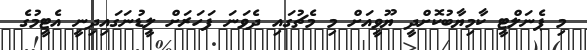
މި ޕެނަލްޓީ ކާމިޔާބުކޮށްދީ ޔޫވީއަށް މި މެޗުގައި ދެވަނަ ފަހަރަށް ލީޑުނަގައިދިނީ އެޓީމުގެ